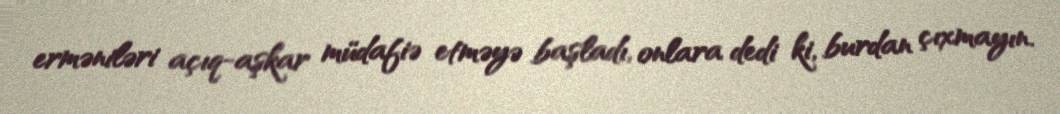
erməniləri açıq-aşkar müdafiə etməyə başladı, onlara dedi ki, burdan çıxmayın.